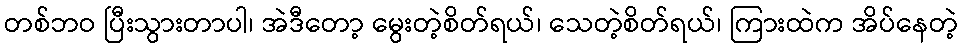
တစ်ဘဝ ပြီးသွားတာပါ၊ အဲဒီတော့ မွေးတဲ့စိတ်ရယ်၊ သေတဲ့စိတ်ရယ်၊ ကြားထဲက အိပ်နေတဲ့